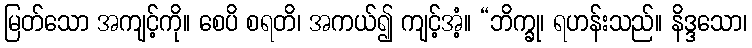
မြတ်သော အကျင့်ကို။ စေပိ စရတိ၊ အကယ်၍ ကျင့်အံ့။ “ဘိက္ခု၊ ရဟန်းသည်။ နိဒ္ဒသော၊